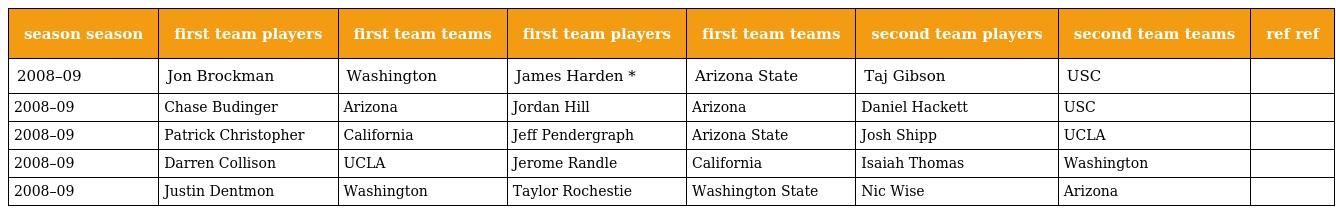
| season season | first team players | first team teams | first team players | first team teams | second team players | second team teams | ref ref |
 | --- | --- | --- | --- | --- | --- | --- | --- |
 | 2008–09 | Jon Brockman | Washington | James Harden * | Arizona State | Taj Gibson | USC |  |
 | 2008–09 | Chase Budinger | Arizona | Jordan Hill | Arizona | Daniel Hackett | USC |  |
 | 2008–09 | Patrick Christopher | California | Jeff Pendergraph | Arizona State | Josh Shipp | UCLA |  |
 | 2008–09 | Darren Collison | UCLA | Jerome Randle | California | Isaiah Thomas | Washington |  |
 | 2008–09 | Justin Dentmon | Washington | Taylor Rochestie | Washington State | Nic Wise | Arizona |  |